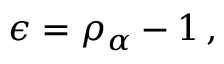
\epsilon = \rho _ { \alpha } - 1 \, ,